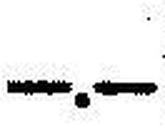
—.—